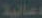
دعائية